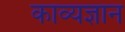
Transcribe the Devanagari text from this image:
काव्यज्ञान